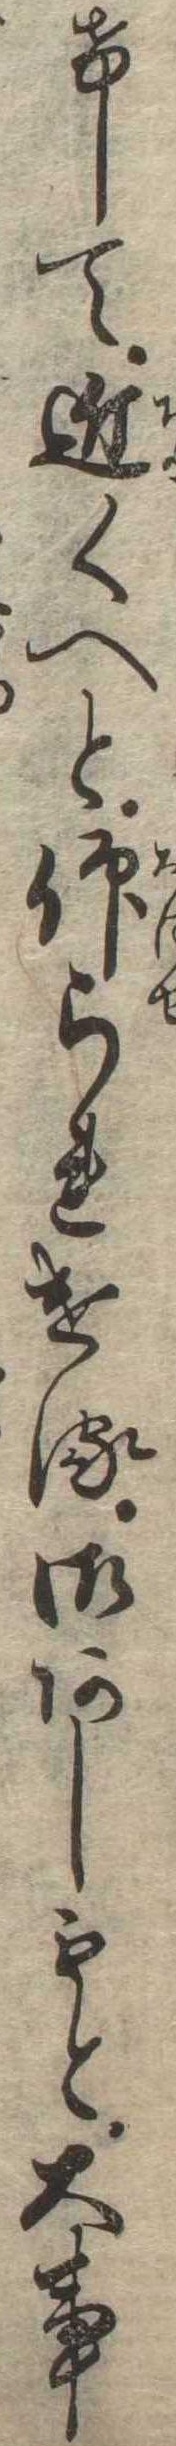
けして近くへと仰られける御あしもと大事